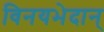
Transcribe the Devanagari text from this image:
विनयभेदान्